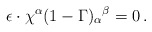
\begin{align*}\epsilon \cdot \chi^\alpha (1-\Gamma)_\alpha{}^\beta = 0\, .\end{align*}